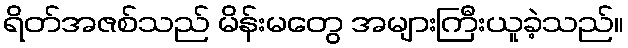
ရိတ်အဇစ်သည် မိန်းမတွေ အများကြီးယူခဲ့သည်။